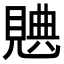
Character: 𧡝